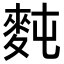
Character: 𪌋